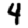
Digit: 4